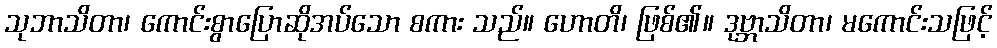
သုဘာသိတာ၊ ကောင်းစွာပြောဆိုအပ်သော စကား သည်။ ဟောတိ၊ ဖြစ်၏။ ဒုဗ္ဘာသိတာ၊ မကောင်းသဖြင့်